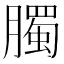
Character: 臅